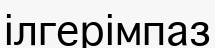
ілгерімпаз